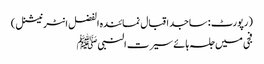
(رپورٹ : ساجد اقبال نمائندہ الفضل انٹر نیشنل )
فجی میں جلسہ ہائے سیرت النبیﷺ